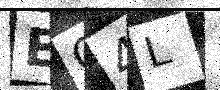
Text: EO4L